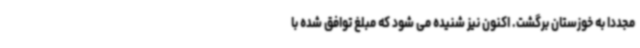
مجددا به خوزستان برگشت. اکنون نیز شنیده می شود که مبلغ توافق شده با